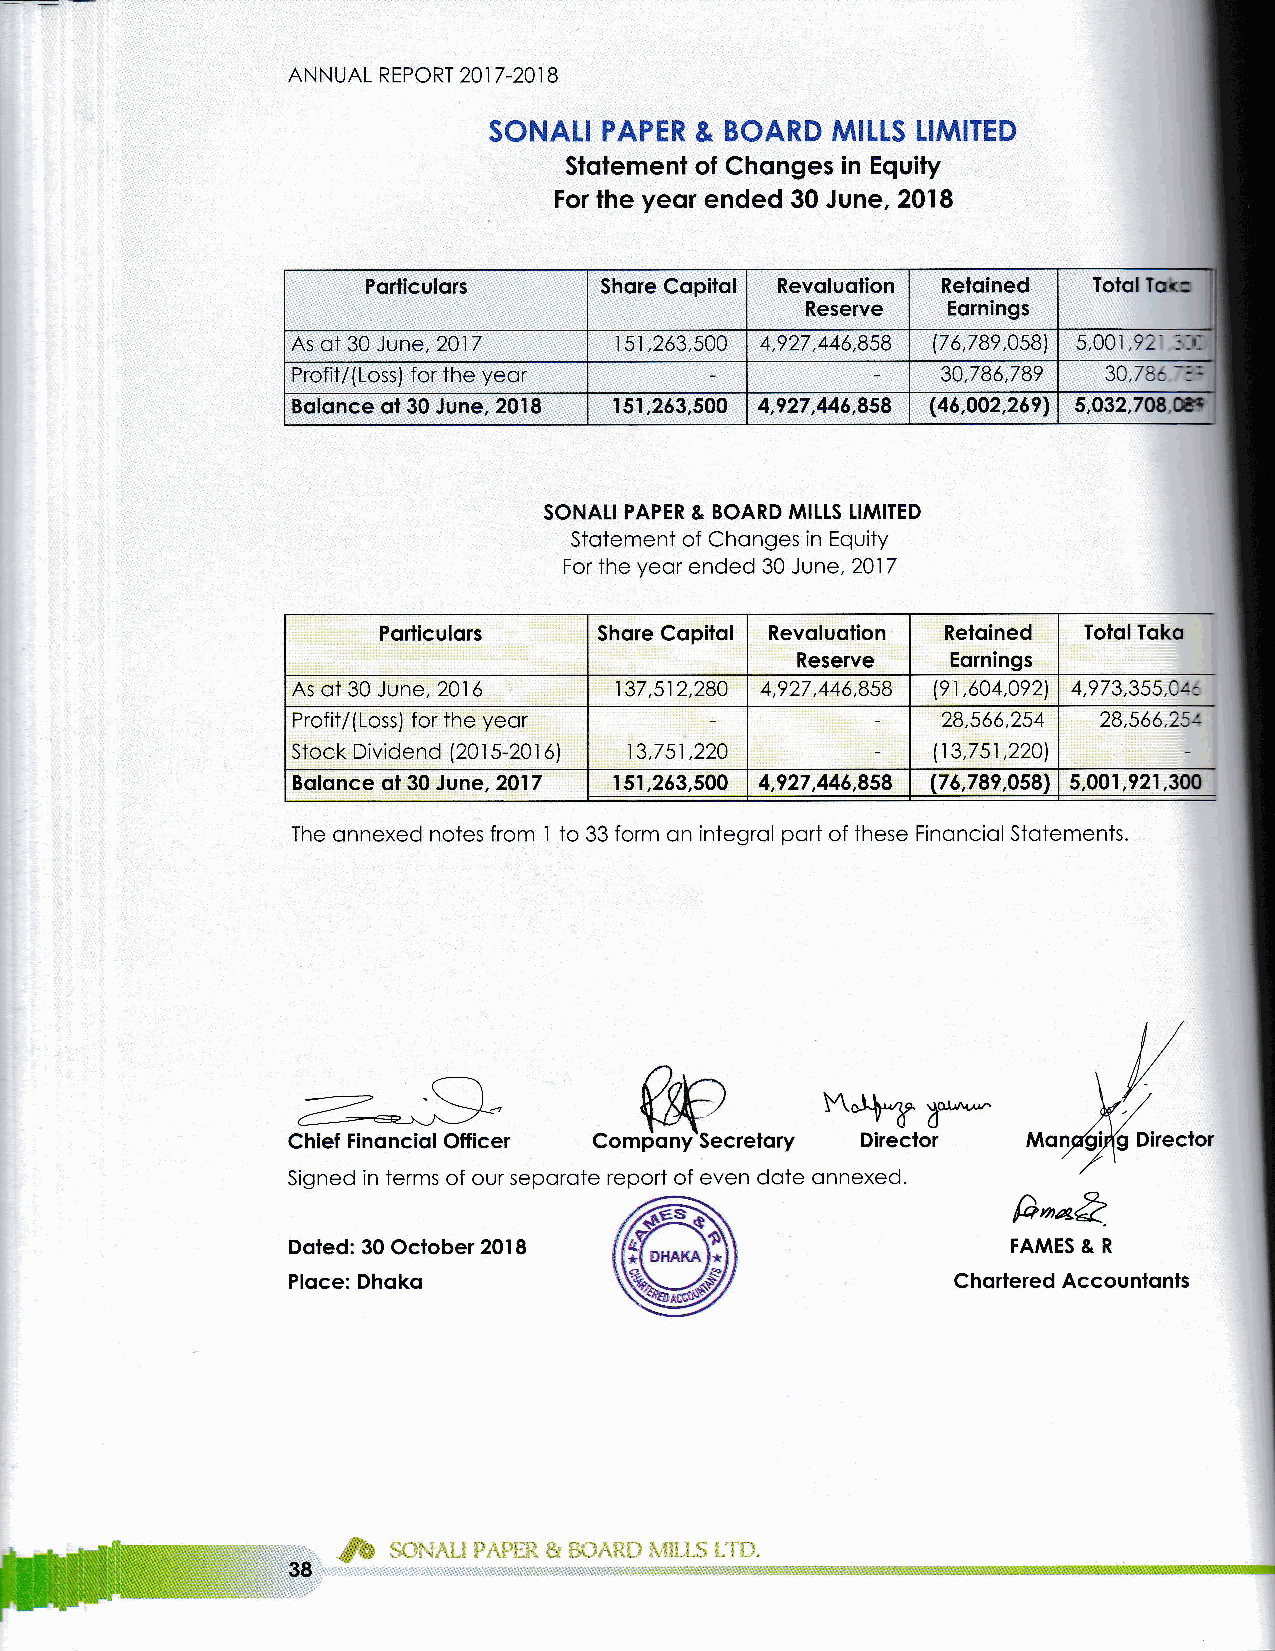
ANNUAL REPORT 2017 -201 B
 SONALI  PAPER & BOARD  MILLS LIMITED
 Stotemenl of Chonges in Equity
 For the yeor ended 30 June, 2018
 Porliculors     Shore Copitol Revoluolion Reloined TololTok:
 Reserve   Eornings
 As ot 30 Jvne,2017    r 5r ,263,s00 4,927,446,858 (76,789,0s8) 5,001,92' :t-rl
 -!:
 Profit/(Loss) for the yeor                 30,786,789 30,78c
 Bolonce ot 30 June, 2018 15',r,263,s00 4,?27,446,8s8 (46,O02,269) 5,032,708.@e
 SONATI PAPER & BOARD MILTS LIMITED
 Stotement of Chonges in Equity
 For the yeor ended 30 June, 201 7
 Porliculors    Shore Copitol Revoluotion Reloined IotolToko
 Reserve   Eornings
 As ot 30 June, 201 6  137,512,280 4,927,446,858 (91,604,092) 4,973,355,A1-_
 Profit/(Loss) for the yeor                 28,566,254 28,566,2s/
 Stock Dividend (201 5-201 6) 13,751,220    (13,7sT,220)
 Bolonce ol30 June,20l7 r 51,263,500 4,927,446,858 (76,789,058) 5,00r,92'r,300
 The onnexed notes from I to 33 form on integrol port of these FinonciolStotements.
 It,ry*
 3*
 Chief Finonciol Officer Compqny       Direclor   Mq     Director
 Signed in terms of our seporote report of even dote onnexed
 fir^&
 Doted: 30 October 2018                          FAMES & R
 BI-IAKA
 Plqce: Dhqko                                Chortered Accountonts
 38